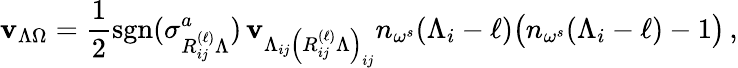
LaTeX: \mathbf{v}_{\Lambda\Omega}=\frac{{1}}{{2}}\mathrm{{{sgn}}}(\sigma_{R_{ij}^{(\ell)}\Lambda}^{a})\, \mathbf{v}_{\Lambda_{ij}\left(R_{ij}^{(\ell)}\Lambda\right)_{ij}}n_{\omega^{s}}(\Lambda_{i}-\ell)\bigl(n_{\omega^{s}}(\Lambda_{i}-\ell)-1\bigr)\, ,